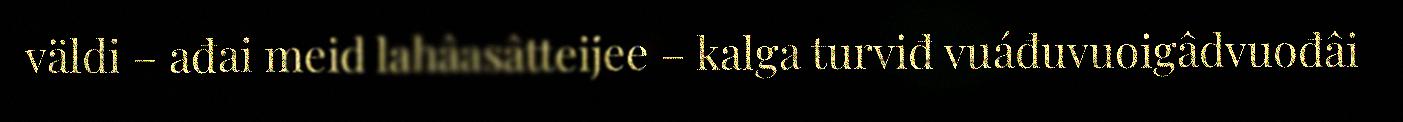
väldi – ađai meid lahâasâtteijee – kalga turviđ vuáđuvuoigâdvuođâi